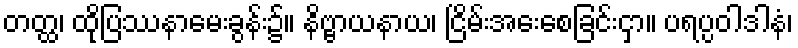
တတ္ထ၊ ထိုပြဿနာမေးခွန်း၌။ နိဗ္ဗာယနာယ၊ ငြိမ်းအေးစေခြင်းငှာ။ ပရပ္ပဝါဒါနံ၊